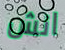
انش